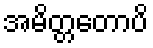
အမိတ္တတောပိ